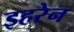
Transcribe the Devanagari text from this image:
इहरेन